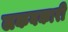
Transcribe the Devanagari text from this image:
लकवकारी